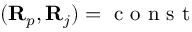
( { \bf R } _ { p } , { \bf R } _ { j } ) = \mathrm { ~ c ~ o ~ n ~ s ~ t ~ }